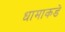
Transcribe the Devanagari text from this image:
धामाकडे